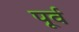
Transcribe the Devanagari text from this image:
पूर्व